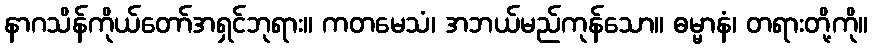
နာဂသိန်ကိုယ်တော်အရှင်ဘုရား။ ကတမေသံ၊ အဘယ်မည်ကုန်သော။ ဓမ္မာနံ၊ တရားတို့ကို။